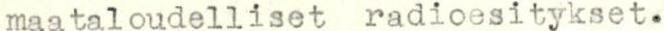
maataloudelliset radioesitykset.